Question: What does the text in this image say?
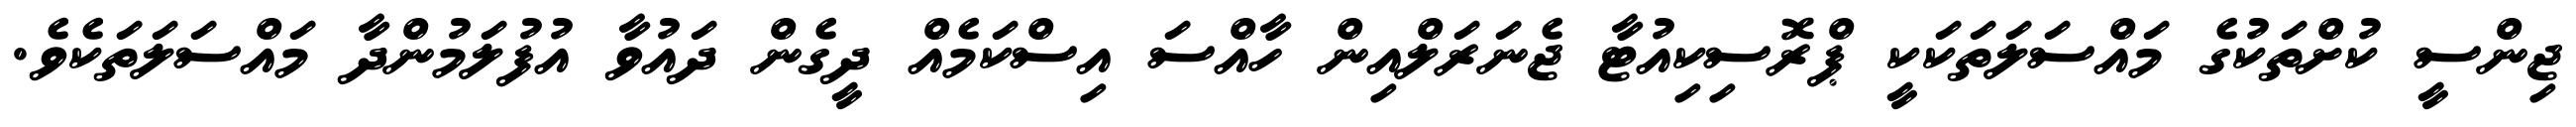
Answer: ޖިންސީ ކުށްތަކުގެ މައްސަލަތަކަކީ ޕްރޮސިކިއުޓާ ޖެނަރަލްއިން ހާއްސަ އިސްކަމެއް ދީގެން ދައުވާ އުފުލަމުންދާ މައްސަލަތަކެވެ.